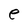
Character: e